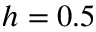
h = 0 . 5